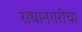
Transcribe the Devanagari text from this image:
राधानगरीचा